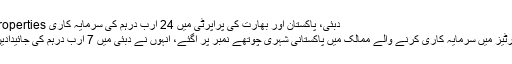
دبئی، پاکستان اور بھارت کی پراپرٹی میں 24 ارب درہم کی سرمایہ کاری dubai properties
دبئی : پراپرٹیز میں سرمایہ کاری کرنے والے ممالک میں پاکستانی شہری چوتھے نمبر پر آگئے، انہوں نے دبئی میں 7 ارب درہم کی جائیدادیں خرید لیں۔